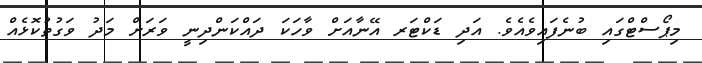
މިޕޯސްޓްގައި ބުނެފައިވެއެވެ. އަދި ޑަކްޓަރ އޭނާއަށް ވާހަކަ ދައްކަންދިނީ ވަރަށް މަދު ވަގުތުކޮޅެއް